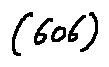
( 6 0 6 )